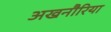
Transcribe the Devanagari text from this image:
अखनौरिया